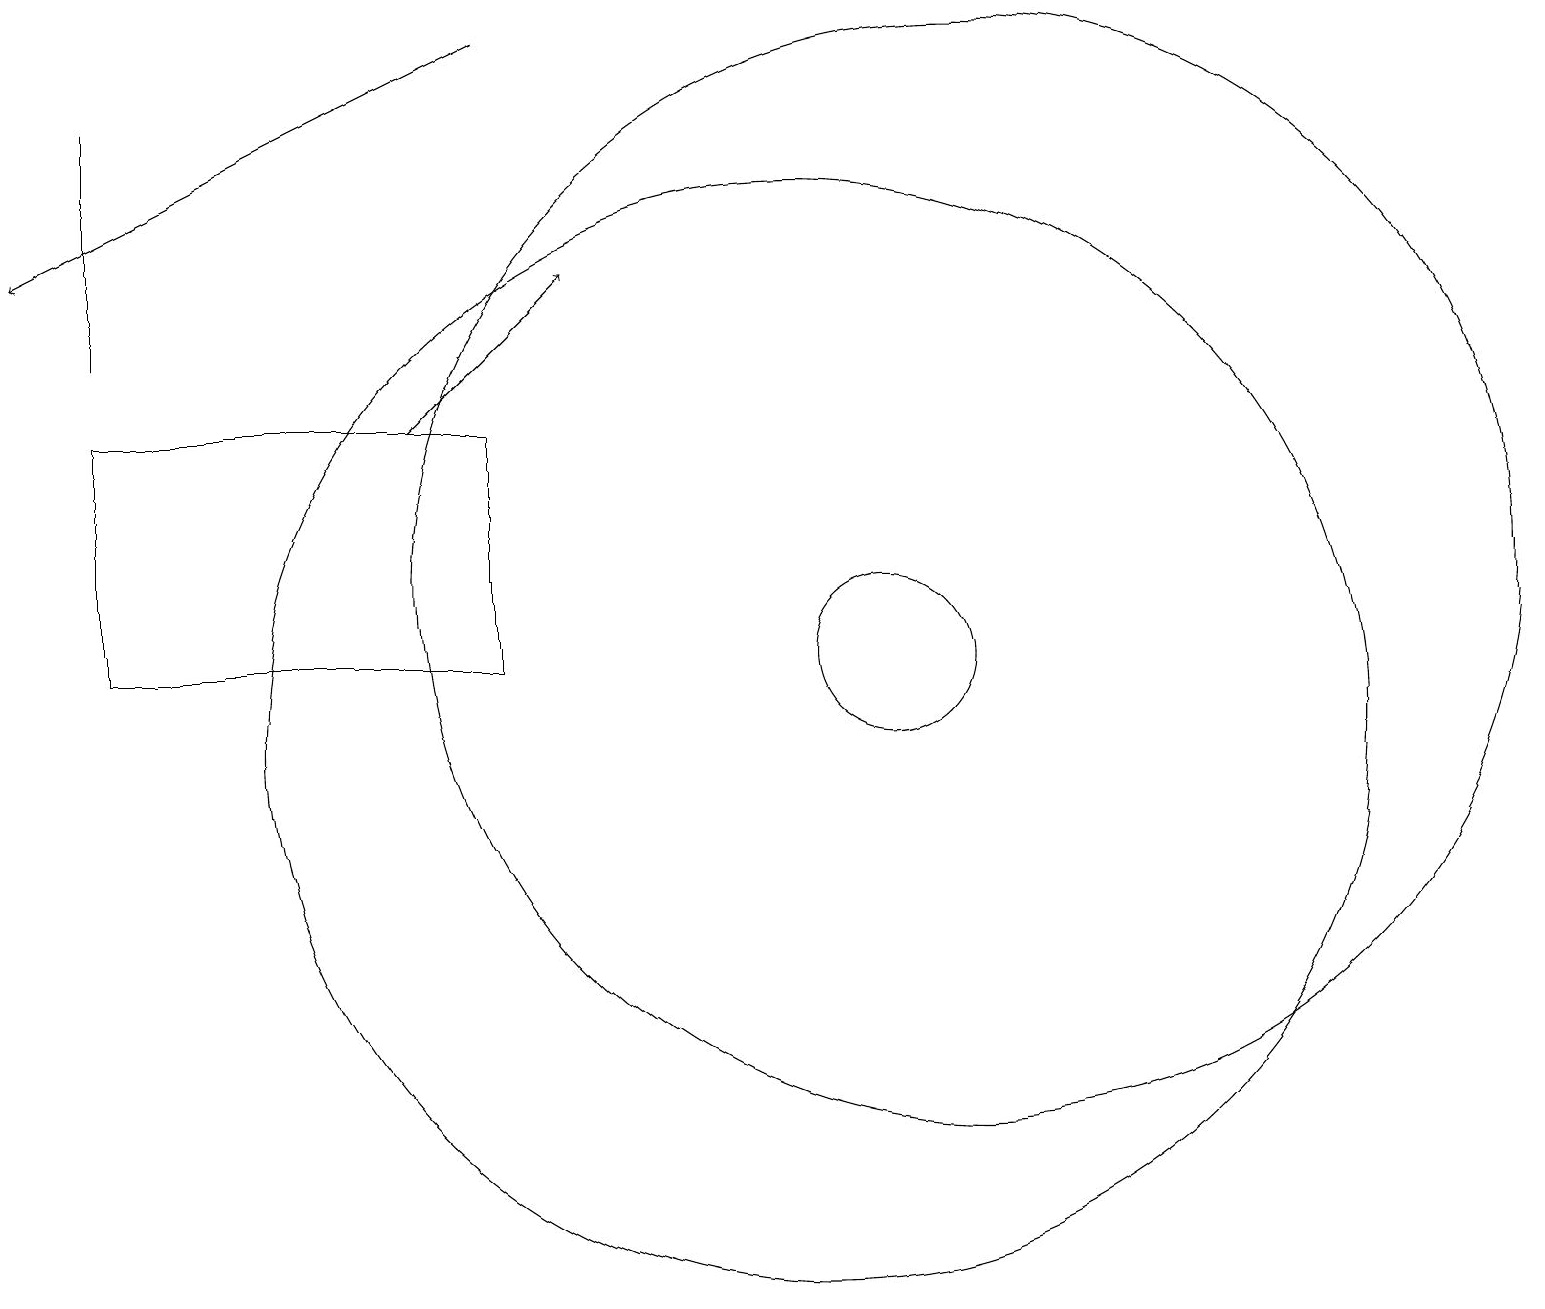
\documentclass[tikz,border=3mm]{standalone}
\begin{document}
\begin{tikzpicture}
\draw[->] (6,19) -- (0,16);
\draw[->] (5,14) -- (7,16);
\draw (1,15) rectangle (1,18);
\draw (1,14) rectangle (6,11);
\draw (12,12) circle (7);
\draw (10,10) circle (7);
\draw (11,11) circle (1);
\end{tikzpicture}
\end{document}